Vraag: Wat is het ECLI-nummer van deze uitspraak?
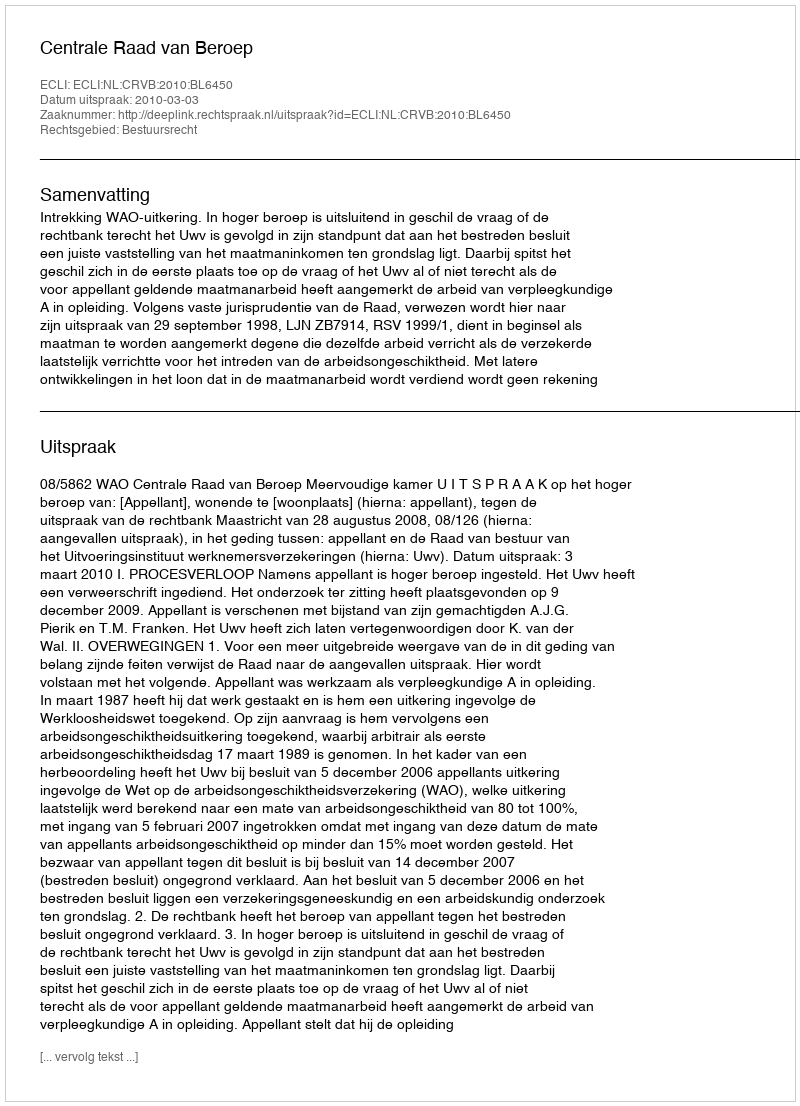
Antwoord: ECLI:NL:CRVB:2010:BL6450